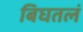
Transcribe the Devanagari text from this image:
बिघतलं